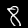
Label: 8